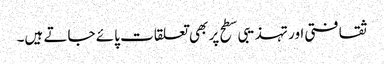
ثقافتی اور تہذیبی سطح پر بھی تعلقات پائے جاتے ہیں۔